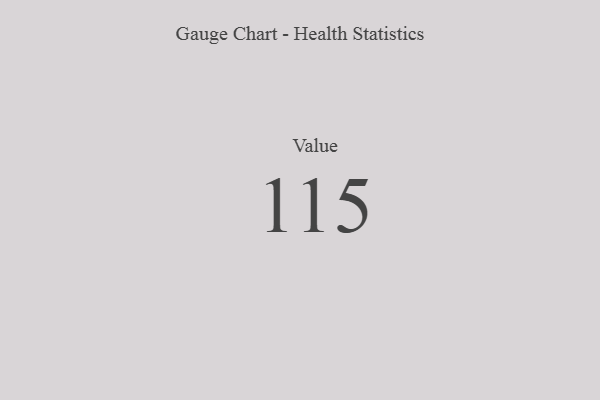
{"axis": {"x": "Metric", "y": "Value"}, "legend": [""], "data": [{"x": "Value", "y": 115, "type": ""}]}